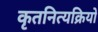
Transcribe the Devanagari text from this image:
कृतनित्यक्रियो